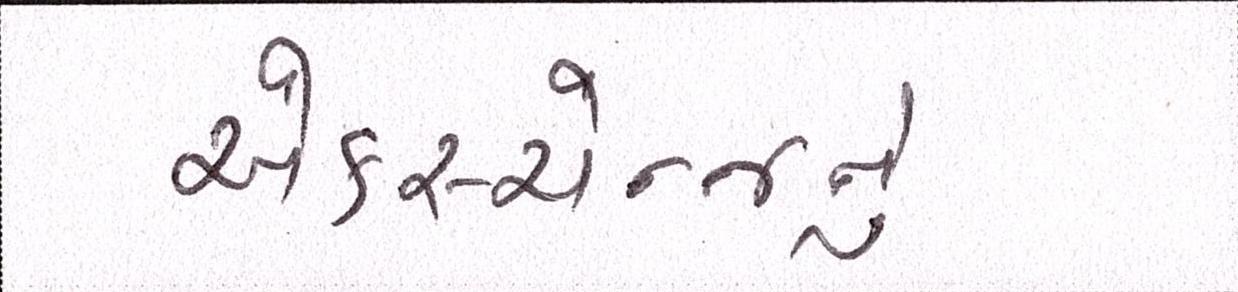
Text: એક્સ્ચેન્જનું